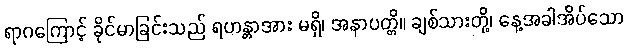
ရာဂကြောင့် ခိုင်မာခြင်းသည် ရဟန္တာအား မရှိ၊ အနာပတ္တိ။ ချစ်သားတို့၊ နေ့အခါအိပ်သော